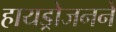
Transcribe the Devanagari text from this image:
हायड्रोजनने